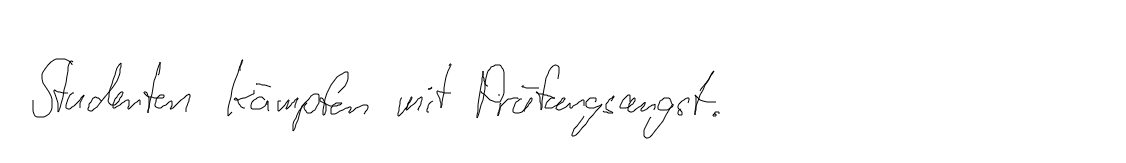
Studenten kämpfen mit Prüfungsangst.